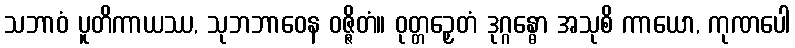
သဘာဝံ ပူတိကာယဿ, သုဘဘာဝေန ဝဇ္ဇိတံ။ ဝုတ္တဉှေတံ ဒုဂ္ဂန္ဓော အသုစိ ကာယော, ကုဏပေါ